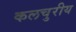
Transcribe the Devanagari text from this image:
कलचुरीय